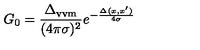
G _ { 0 } = \frac { \Delta _ { \mathrm { v v m } } } { ( 4 \pi \sigma ) ^ { 2 } } e ^ { - \frac { \Delta ( x , x ^ { \prime } ) } { 4 \sigma } }